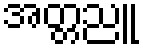
အတ္တညူ